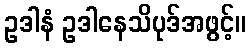
ဥဒါနံ ဥဒါနေသိပုဒ်အဖွင့်။